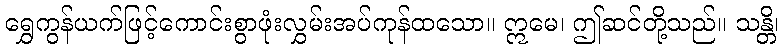
ရွှေကွန်ယက်ဖြင့်ကောင်းစွာဖုံးလွှမ်းအပ်ကုန်ထသော။ ဣမေ၊ ဤဆင်တို့သည်။ သန္တိ၊